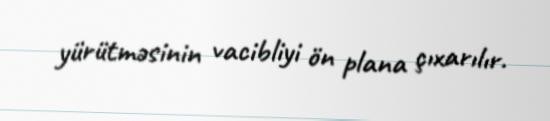
yürütməsinin vacibliyi ön plana çıxarılır.